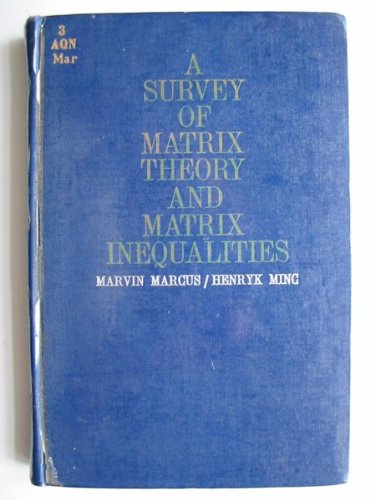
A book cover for A survey of matrix theory and matrix inequalities.; Marvin & MINC, Henryk. MARCUS; Science & Math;